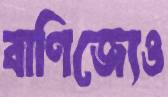
বাণিজ্যেও